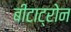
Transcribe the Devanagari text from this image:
बीटाट्रोन